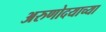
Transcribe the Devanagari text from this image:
अरुणोदयाच्या